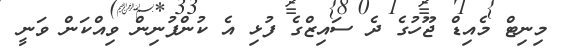
މިނިޓް މެއިޑް ޖޫހުގެ ދެ ސައިޒްގެ ފުޅި އެ ކުންފުނިން ވިއްކަން ވަނީ